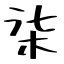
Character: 柒